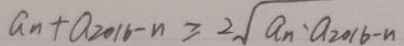
a _ { n } + a _ { 2 0 1 6 - n } \geq 2 \sqrt { a _ { n } } \cdot a _ { 2 0 1 6 - n }